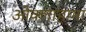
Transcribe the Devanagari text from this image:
ओक्लाहामा